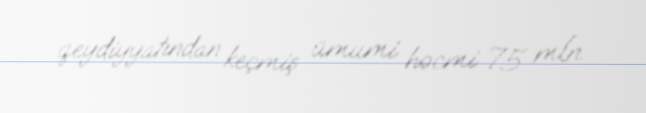
qeydiyyatından keçmiş ümumi həcmi 75 mln.